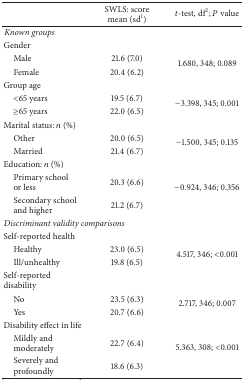
<table><thead><tr><td><b> </b></td><td><b>SWLS: score mean (sd<sup>1</sup>)</b></td><td><b><i>t</i>-test, df<sup>2</sup>; <i>P</i> value</b></td></tr></thead><tbody><tr><td colspan="3"><i>Known groups </i></td></tr><tr><td>Gender</td><td> </td><td> </td></tr><tr><td> Male</td><td>21.6 (7.0)</td><td rowspan="2">1.680, 348; 0.089</td></tr><tr><td> Female</td><td>20.4 (6.2)</td></tr><tr><td>Group age</td><td> </td><td> </td></tr><tr><td> &lt;65 years</td><td>19.5 (6.7)</td><td rowspan="2">−3.398, 345; 0.001</td></tr><tr><td> ≥65 years</td><td>22.0 (6.5)</td></tr><tr><td>Marital status: <i>n</i> (%)</td><td> </td><td> </td></tr><tr><td> Other</td><td>20.0 (6.5)</td><td rowspan="2">−1.500, 345; 0.135</td></tr><tr><td> Married</td><td>21.4 (6.7)</td></tr><tr><td>Education: <i>n</i> (%)</td><td> </td><td> </td></tr><tr><td> Primary school or less</td><td>20.3 (6.6)</td><td rowspan="2">−0.924, 346; 0.356</td></tr><tr><td> Secondary school and higher</td><td>21.2 (6.7)</td></tr><tr><td colspan="3"><i>Discriminant validity comparisons </i></td></tr><tr><td>Self-reported health</td><td> </td><td> </td></tr><tr><td> Healthy</td><td>23.0 (6.5)</td><td rowspan="2">4.517, 346; &lt;0.001</td></tr><tr><td> Ill/unhealthy</td><td>19.8 (6.5)</td></tr><tr><td>Self-reported disability</td><td> </td><td> </td></tr><tr><td> No</td><td>23.5 (6.3)</td><td rowspan="2">2.717, 346; 0.007</td></tr><tr><td> Yes </td><td>20.7 (6.6)</td></tr><tr><td>Disability effect in life</td><td> </td><td> </td></tr><tr><td> Mildly and moderately</td><td>22.7 (6.4)</td><td rowspan="2">5.363, 308; &lt;0.001</td></tr><tr><td> Severely and profoundly</td><td>18.6 (6.3)</td></tr></tbody></table>